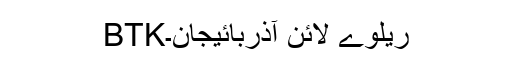
BTKریلوے لائن آذربائیجان۔